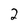
Character: 2